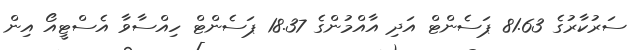
ސަރުކާރުގެ 81.63 ޕަސެންޓް އަދި އާއްމުންގެ 18.37 ޕަސެންޓް ހިއްސާވާ އެސްޓީއޯ އިން